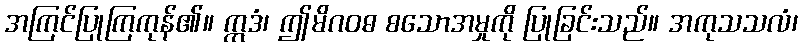
အကြင်ပြုကြကုန်၏။ ဣဒံ၊ ဤမိဂဝဓ စသောအမှုကို ပြုခြင်းသည်။ အကုသသလံ၊